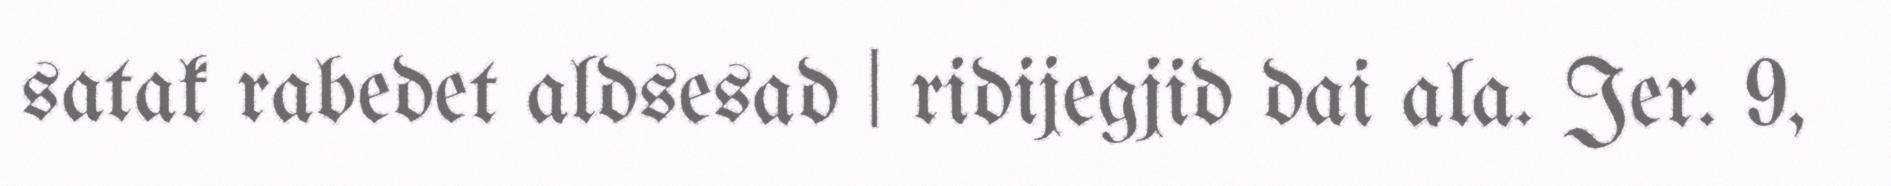
satak rabedet aldsesad | ridijegjid dai ala. Jer. 9,